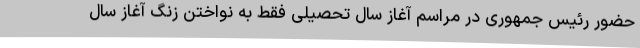
حضور رئیس جمهوری در مراسم آغاز سال تحصیلی فقط به نواختن زنگ آغاز سال